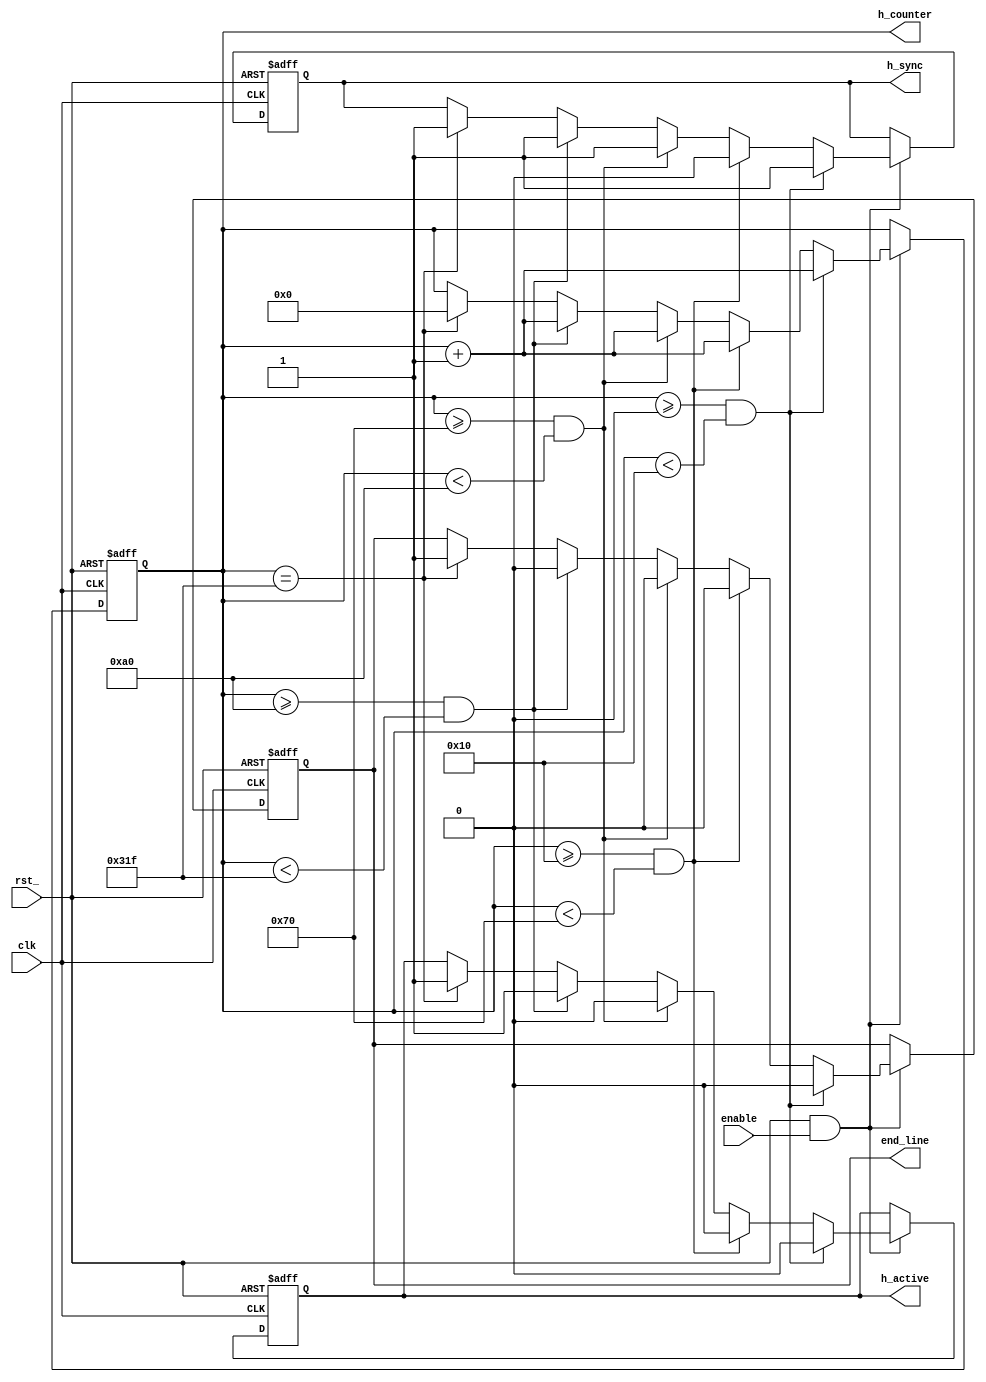
`timescale 1ns / 1ps

// HORIZONTAL MACROS  
`define H_FRONT_PORCH   16
`define H_SYNC          96
`define H_BACK_PORCH    48
`define H_ACTIVE        640

/* h_counter
    produces horizontal sync signal
    
    Inputs:
        clk         : pixel clock at 25 MHz
        rst_        : asynchronous reset (active low)
        enable      : display driver enable (active high)
    
    Outputs:
        h_sync      : h sync signal (pulsed low)
        h_active    : indicates active period of horizontal signal
        end_line    : indicates end of line
        h_counter   : counting pixels 0 to 799 (10-bits)
*/
module h_counter(
    input               clk,
    input               rst_,
    input               enable,
    
    output reg          h_sync,
    output reg          h_active,
    output reg          end_line,
    output reg  [9:0]   h_counter
    );
    
    always@(posedge clk or negedge rst_)
    begin
    
        if (rst_ == 1'b0)
        begin
            h_counter   <= 0;
            h_sync      <= 1;
            h_active    <= 0;
            end_line    <= 0;
        end
    
        else if (rst_ == 1'b1 && enable == 1'b1)
        begin
                        
            // Front Porch (0 <= C < 16)
            if (h_counter >= 0 && h_counter < (`H_FRONT_PORCH))
            begin
                h_sync      <= 1'b1;    
                h_active    <= 1'b0;  
                end_line    <= 1'b0;  
                h_counter   <= h_counter + 1;
            end
            
            // Sync (16 <= C < 112)
            else if (h_counter >= (`H_FRONT_PORCH)  && h_counter < (`H_FRONT_PORCH + `H_SYNC))   
            begin
                h_sync      <= 1'b0;
                h_active    <= 1'b0;  
                end_line    <= 1'b0;                
                h_counter   <= h_counter + 1;
            end
            
            // Back Porch (112 <= C < 160)
            else if (h_counter >= (`H_FRONT_PORCH + `H_SYNC) && h_counter < (`H_FRONT_PORCH + `H_SYNC + `H_BACK_PORCH))
            begin
                h_sync      <= 1'b1;
                h_active    <= 1'b0;  
                end_line    <= 1'b0;                
                h_counter   <= h_counter + 1;
            end
            
            // Active Video (168 <= C < 799)
            else if (h_counter >= (`H_FRONT_PORCH + `H_SYNC + `H_BACK_PORCH) && h_counter < (`H_FRONT_PORCH + `H_SYNC + `H_BACK_PORCH + `H_ACTIVE - 1))
            begin
                h_sync      <= 1'b1;
                h_active    <= 1'b1;  
                end_line    <= 1'b0;                
                h_counter   <= h_counter + 1;
            end
            
            // End of Line (C == 799)
            else if (h_counter == (`H_FRONT_PORCH + `H_SYNC + `H_BACK_PORCH + `H_ACTIVE - 1))
            begin
                h_sync      <= 1'b1;
                h_active    <= 1'b1;  
                end_line    <= 1'b1;
                h_counter   <= 0; 
            end 
            
        end
         
    end
    
endmodule